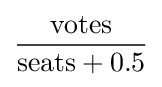
{\frac {\text{votes}}{{\text{seats}}+0.5}}